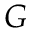
G